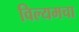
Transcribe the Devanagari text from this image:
विल्यमचा